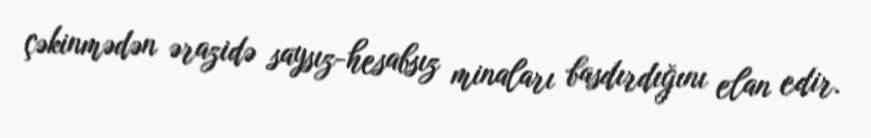
çəkinmədən ərazidə saysız-hesabsız minaları basdırdığını elan edir.